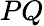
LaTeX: PQ